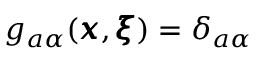
g _ { a \alpha } ( { \pmb x } , { \pmb \xi } ) = \delta _ { a \alpha }